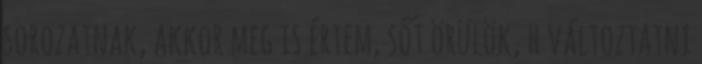
sorozatnak, akkor meg is értem, sőt örülök, h változtatni